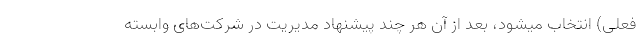
فعلی) انتخاب میشود، بعد از آن هر چند پیشنهاد مدیریت در شرکت‌های وابسته